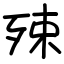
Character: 殐